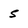
Character: S